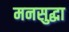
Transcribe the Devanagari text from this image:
मनसुद्धा